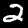
Digit: 2